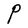
Character: P